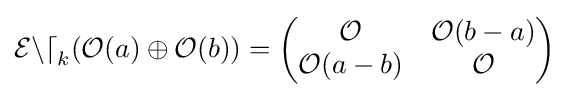
{\mathcal {End}}_{k}({\mathcal {O}}(a)\oplus {\mathcal {O}}(b))={\begin{pmatrix}{\mathcal {O}}&{\mathcal {O}}(b-a)\\{\mathcal {O}}(a-b)&{\mathcal {O}}\end{pmatrix}}